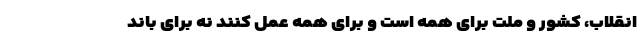
انقلاب، کشور و ملت برای همه است و برای همه عمل کنند نه برای باند